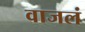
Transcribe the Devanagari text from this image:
वाजलं